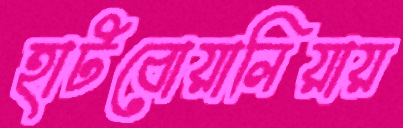
হাটবোয়ালিয়ায়